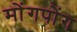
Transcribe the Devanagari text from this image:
मोंगपोंग